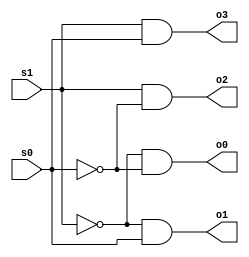
// Ryan Kozak
// CSC137 Class #32509
//
// decoder4x2.v, 4x2 decoder, gate synthesis
//
// how to compile: ~changw/ivl/bin/iverilog decoder4x2.v
// how to run: ./a.out

/*
   old-style comments starts with "slash-star"
   why didn't I do this: x=y*z;
   all comments until "star-slash"
*/

module DecoderMod(s1, s0, o0, o1, o2, o3); // module definition
  
   input s0, s1;
   output o0, o1, o2, o3; 

   wire n_s0, n_s1; // extra wires

   not(n_s1, s1); // first not gate in diagram
   not(n_s0, s0); // second not gate in digaram 

   and(o0, n_s1, n_s0);
   and(o1, n_s1, s0);
   and(o2, s1, n_s0);
   and(o3, s1, s0);
   
endmodule

module TestMod; // or call it main, it tests DecoderMod
   reg s0,s1;       // s1 and s2 are 1-bit flipflops
   wire o0, o1, o2, o3; // 4 additional wires

   DecoderMod my_decoder(s1, s0, o0, o1, o2, o3); // create instance

   initial begin
      $monitor("%0d\t%b\t%b\t%b\t%b\t%b\t%b", $time, s1, s0, o0, o1, o2, o3);
      $display("Time\ts1\ts0\to0\to1\to2\to3");
      $display("--------------------------");
   end

   initial begin
      s0 = 0;       // initially s0 set to 0
      s1 = 0;       // initially s1 set to 0
      #1;          // wait 1 simulation time unit/cycle
      s0 = 1;      // change s0 to 1
      #1;         // wait 1 simulation time unit/cycle
      s0 = 0;     // change s0 to 0
      s1 = 1;     //
      #1;         // wait 1 simulation time unit/cycle
      s0 = 1;      // change s to 1

   end
endmodule